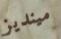
مينديز